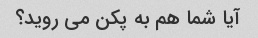
آیا شما هم به پکن می روید؟